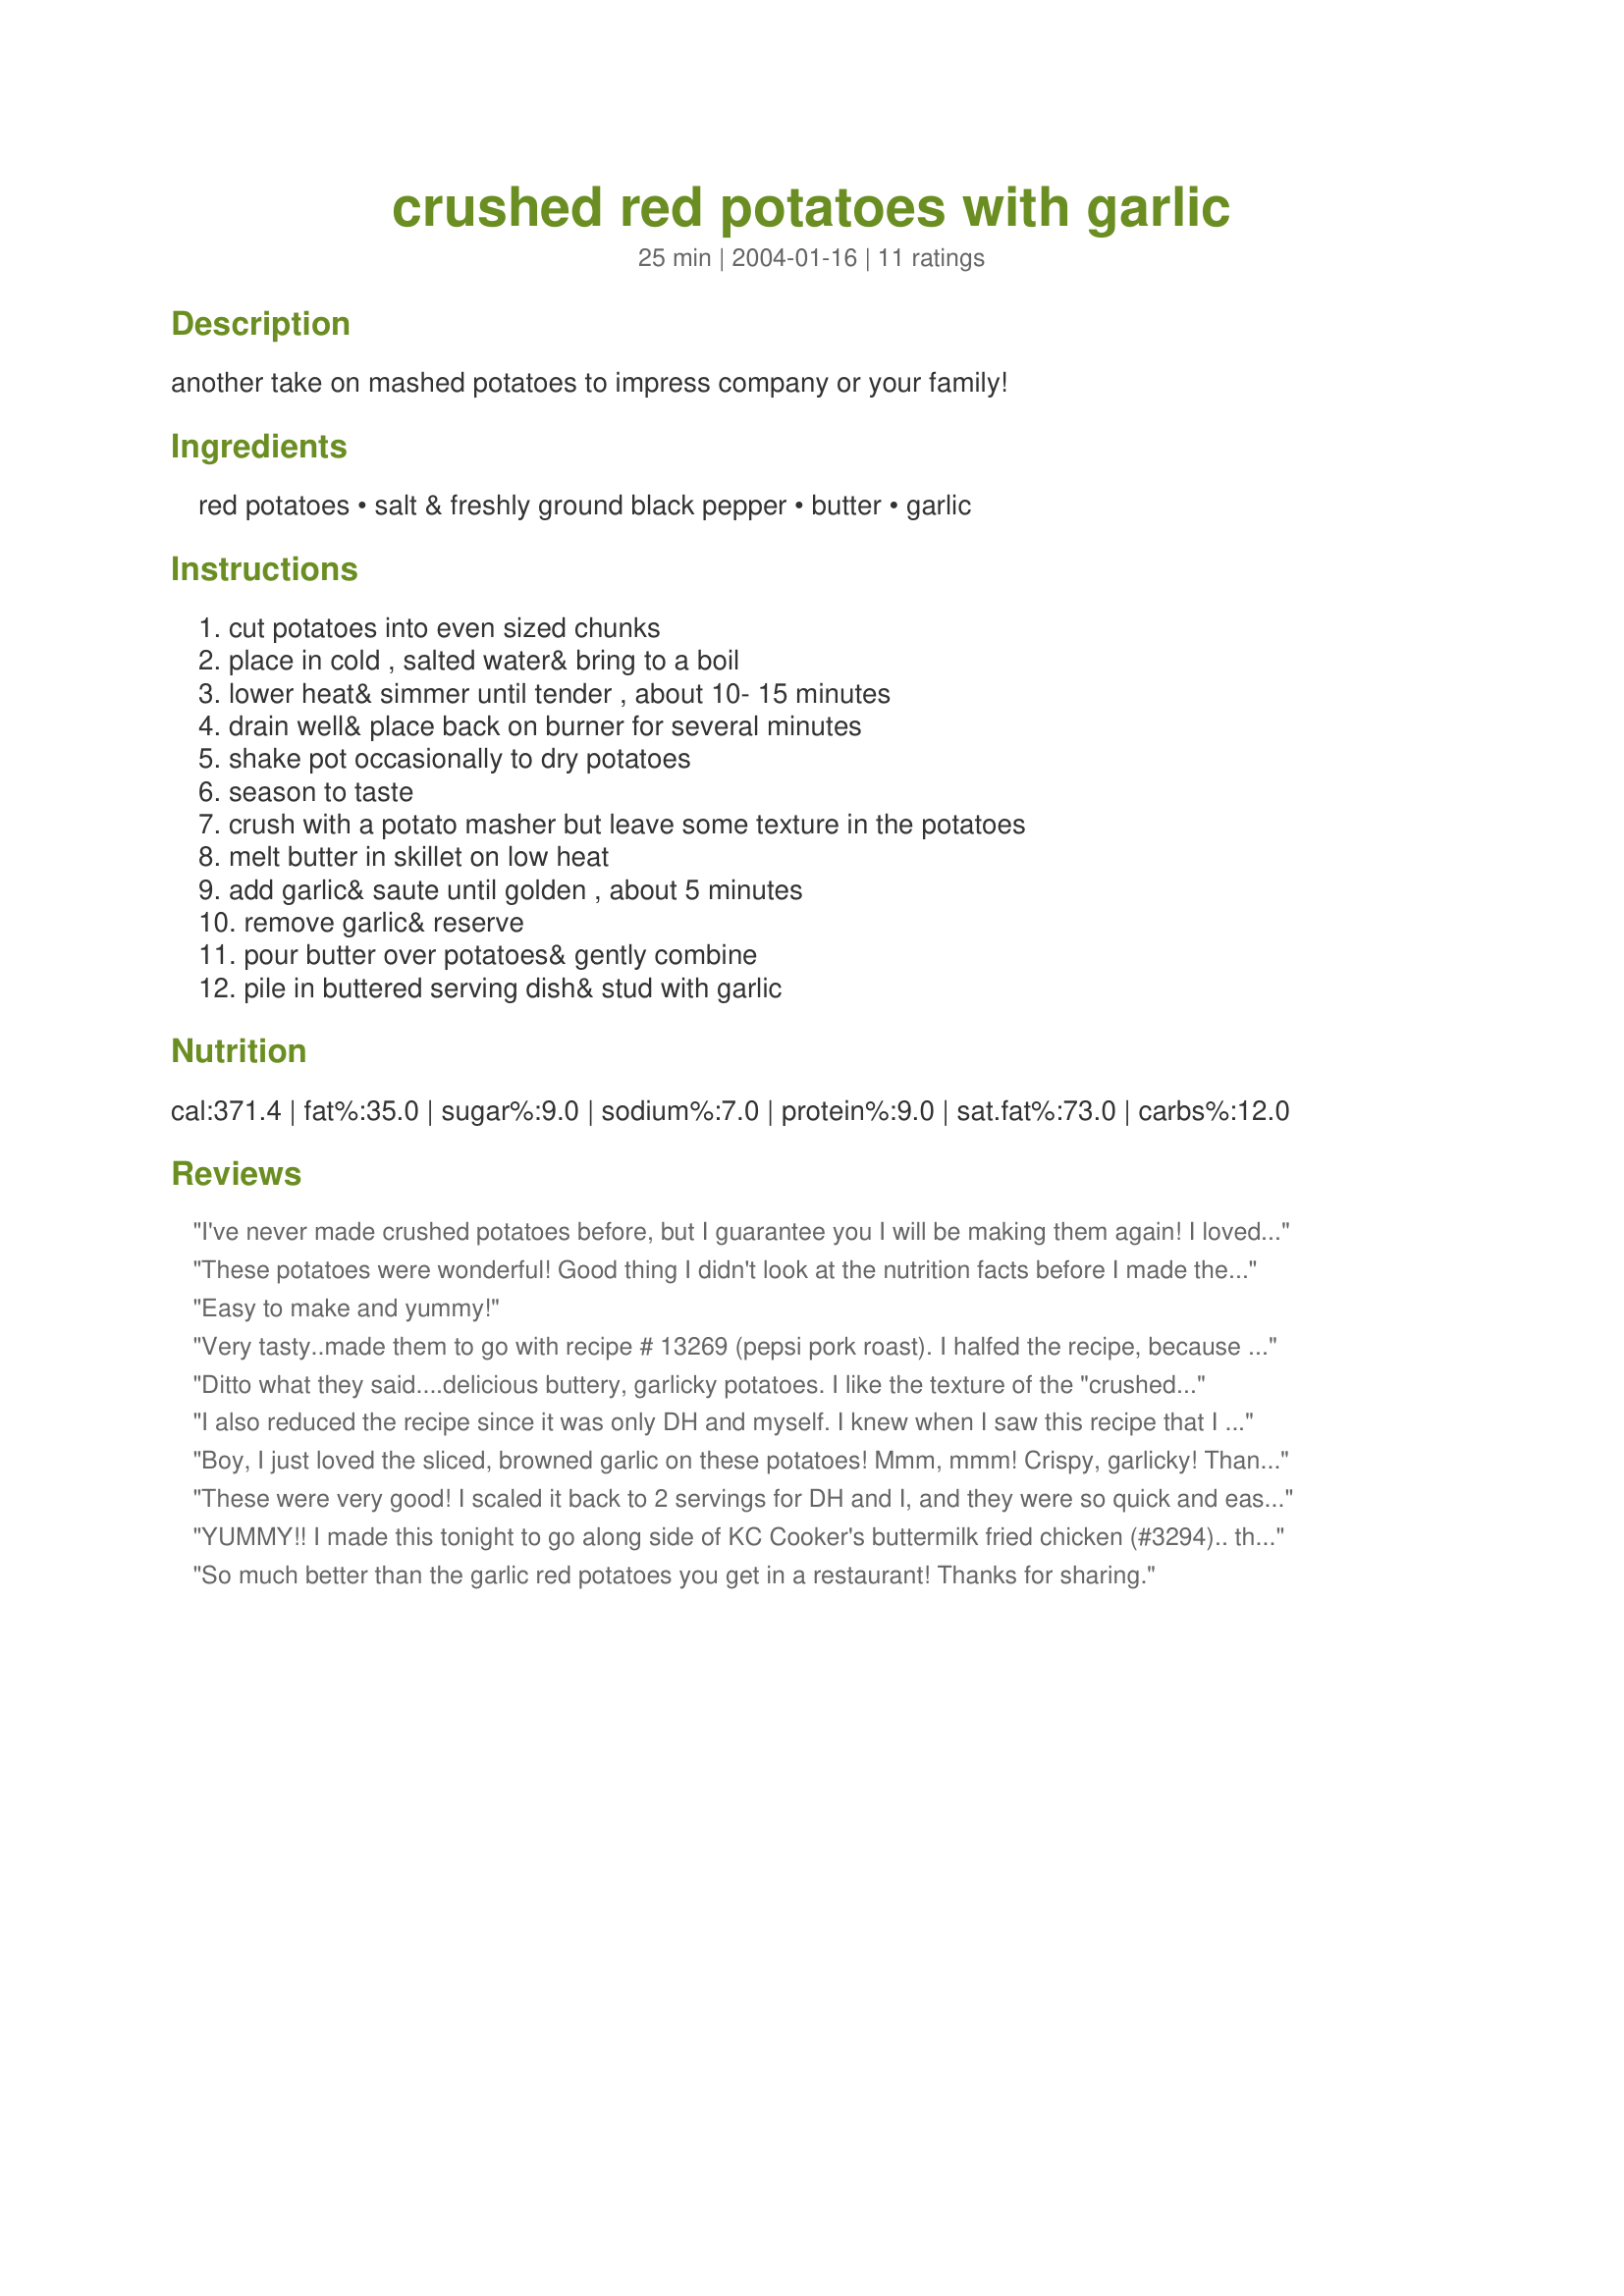
crushed red potatoes with garlic
Preparation time: 25 minutes

another take on mashed potatoes to impress company or your family!

Ingredients:
red potatoes, salt & freshly ground black pepper, butter, garlic

Steps:
cut potatoes into even sized chunks, place in cold , salted water& bring to a boil, lower heat& simmer until tender , about 10- 15 minutes, drain well& place back on burner for several minutes, shake pot occasionally to dry potatoes, season to taste, crush with a potato masher but leave some texture in the potatoes, melt butter in skillet on low heat, add garlic& saute until golden , about 5 minutes, remove garlic& reserve, pour butter over potatoes& gently combine, pile in buttered serving dish& stud with garlic

Reviews:
I've never made crushed potatoes before, but I guarantee you I will be making them again! I loved these! I cut the recipe in half and misread the directions and minced my garlic instead of slicing it. It was still delicious! This recipe reminds me of a nice buttery baked potato. Delicious! Thanks CL for sharing this wonderful recipe.
These potatoes were wonderful! Good thing I didn't look at the nutrition facts before I made them. I usually smash them and add milk, but this was delicious without it. The sauteed garlic in the butter made them extra special. Another amazing recipe from CL. Thanks for sharing it.
Easy to make and yummy!
Very tasty..made them to go with recipe # 13269 (pepsi pork roast). I halfed the recipe, because 4lbs of potatoes was going to me way to much for my little family. Thanks for the different potatoes.
Ditto what they said....delicious buttery, garlicky potatoes. I like the texture of the "crushed" potatoes and skins, and next time I'll probably add even more garlic!
I also reduced the recipe since it was only DH and myself. I knew when I saw this recipe that I would love it! We love potatoes and this recipe is just scrumptious! I prepared it as directed with the exception of reducing the amount. The instructions are clear and easy to follow. The recipe turns out just as expected! Thanks CountryLady!
Boy, I just loved the sliced, browned garlic on these potatoes! Mmm, mmm! Crispy, garlicky! Thanks CL!
These were very good! I scaled it back to 2 servings for DH and I, and they were so quick and easy. I like that the skin was left on and they were just crushed, so I didn't have to worry about making them light and fluffy. We'll be making these again. Thanks!
YUMMY!! I made this tonight to go along side of KC Cooker's buttermilk fried chicken (#3294).. the potatoes were wonderful! I probably added in more than 8 cloves of garlic, as I have my garlic all ready minced and frozen in the freezer, and just scoop it out as needed. I cut the butter down to 1/2 cup and added in some olive oil also.. We loved the taste of the skins left on! Thanks CL for another winner!...Kitten:)
So much better than the garlic red potatoes you get in a restaurant! Thanks for sharing.
Very, very good. I cut the recipe down for 2 people. Love the skins in the mashed up potatoes, the garlic butter is so good with the slices of garlic on the potatoes. I will be making this again when we have company for dinner.
